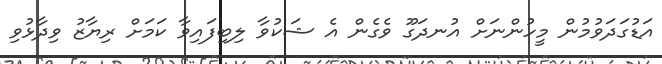
އަޑުގަދަވުމުން މީހުންނަށް އުނދަގޫ ވެގެން އެ ޝަކުވާ ލިބިފައިވާ ކަމަށް ރިޔާޒު ވިދާޅުވި